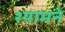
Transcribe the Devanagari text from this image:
श्यामने